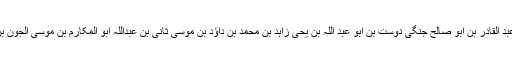
آپ کاوالد محترم کی طرف سے سلسلہ نسب یہ ہے:ابو محمد عبد القادر بن ابو صالح جنگی دوست بن ابو عبد اللہ بن یحیٰ زاہد بن محمد بن داؤد بن موسیٰ ثانی بن عبداللہ ابو المکارم بن موسیٰ الجون بن عبد اللہ المحض بن حسن مثنی بن امام حسنؓ بن حضرت علیؓ۔